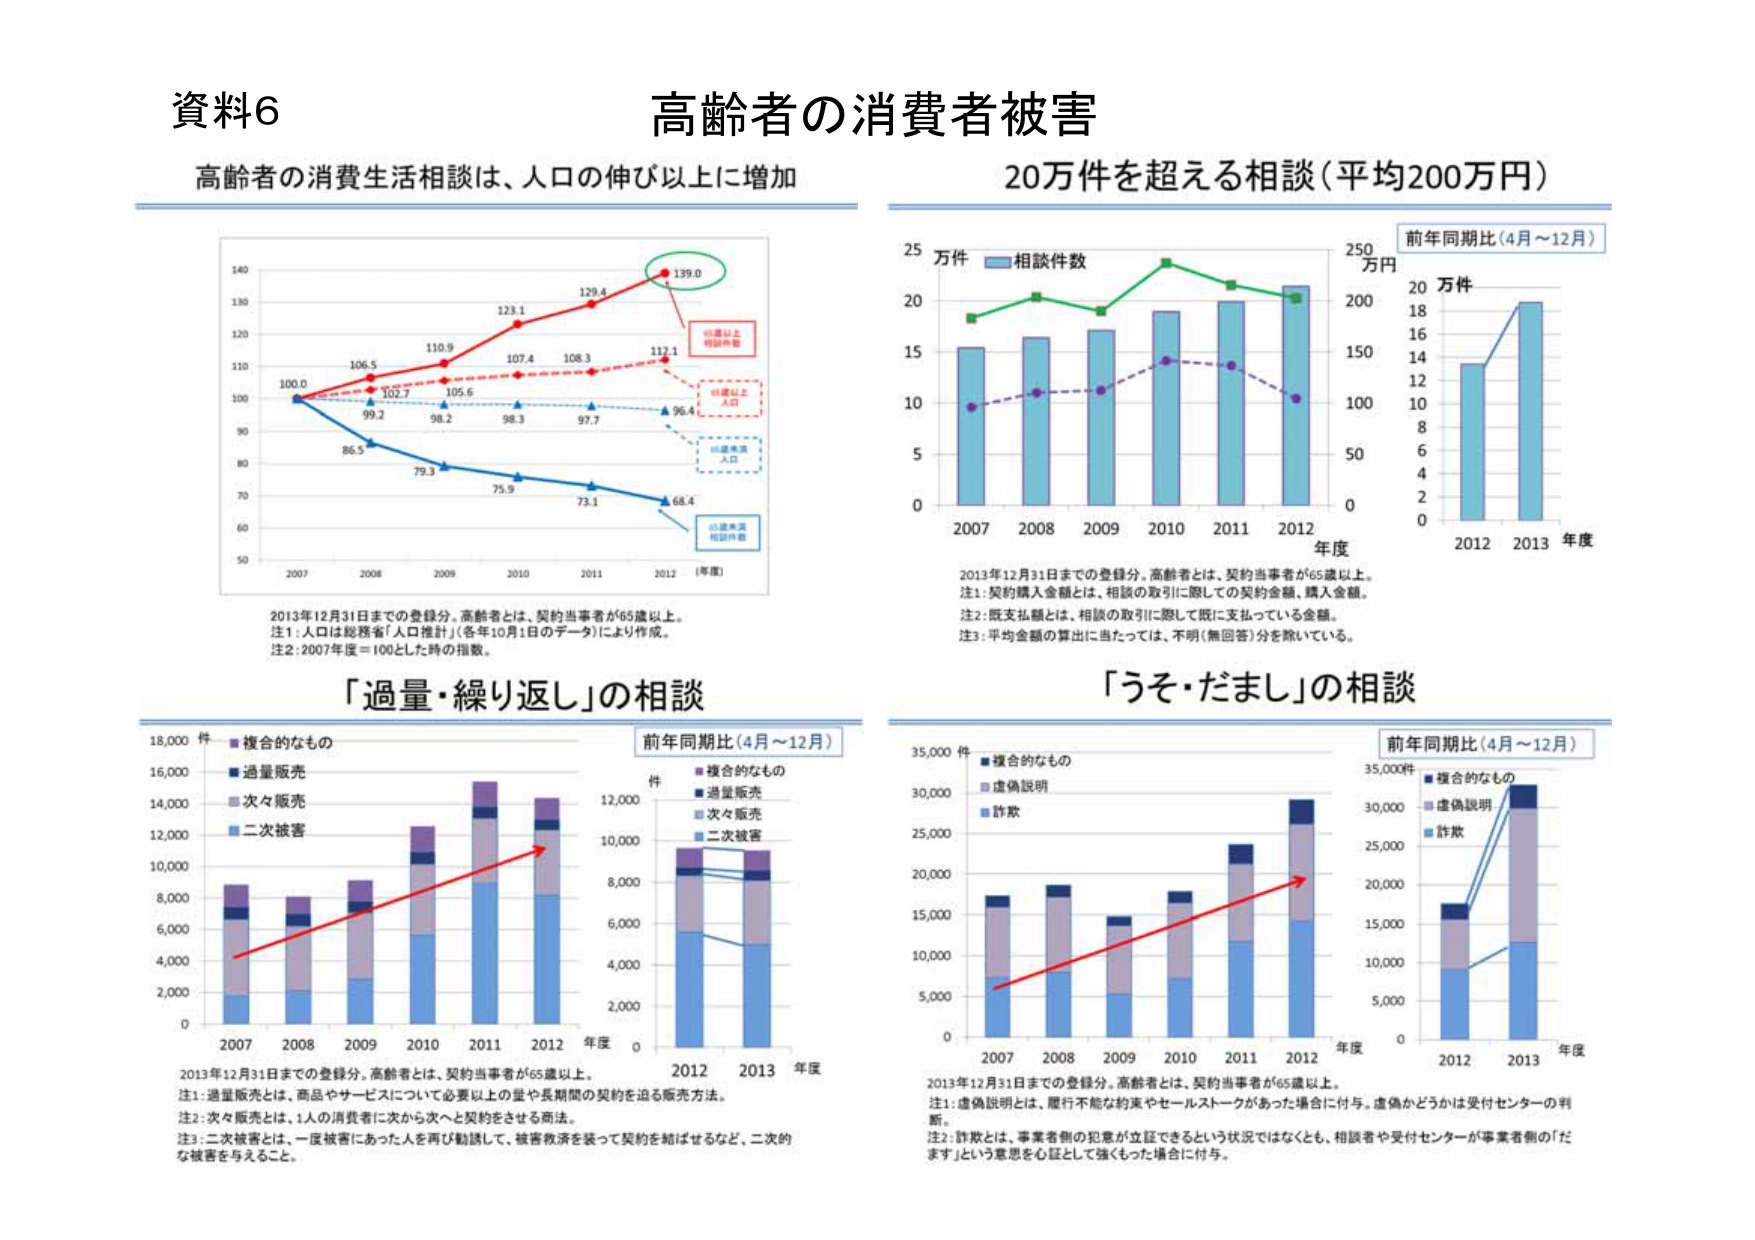
資料6
高齢者の消費者被害

高齢者の消費生活相談は、人口の伸び以上に増加

20万件を超える相談（平均200万円）

140
130
120
110
100
90
80
70
60
50
2007 2008 2009 2010 2011 2012 （年度）
100.0
106.5
110.9
123.1
129.4
139.0
102.7
105.6
107.4
108.3
117.1
99.2
98.2
98.3
97.7
96.4
86.5
79.3
75.9
73.1
68.4
65歳以上
相談件数
65歳以上
人口
65歳未満
相談件数
65歳未満
人口

25 万件
20
15
10
5
0
2007 2008 2009 2010 2011 2012 年度
250 万円
200
150
100
50
0
20 万件
18
16
14
12
10
8
6
4
2
0
2012 2013 年度
相談件数
前年同期比（4月～12月）

2013年12月31日までの登録分。高齢者とは、契約当事者が65歳以上。
注1：契約購入金額とは、相談の取引に際しての契約金額、購入金額。
注2：既支払額とは、相談の取引に際して既に支払っている金額。
注3：平均金額の算出に当たっては、不明（無回答）分を除いている。

「過量・繰り返し」の相談

18,000 件
複合的なもの
過量販売
次々販売
二次被害
0
2,000
4,000
6,000
8,000
10,000
12,000
14,000
16,000
2007 2008 2009 2010 2011 2012 年度
件
複合的なもの
過量販売
次々販売
二次被害
0
2,000
4,000
6,000
8,000
10,000
12,000
2012 2013 年度
前年同期比（4月～12月）

2013年12月31日までの登録分。高齢者とは、契約当事者が65歳以上。
注1：過量販売とは、商品やサービスについて必要以上の量や長期間の契約を迫る販売方法。
注2：次々販売とは、1人の消費者に次から次へと契約をさせる方法。
注3：二次被害とは、一度被害にあった人を再び勧誘して、被害救済を装って契約を結ばせるなど、二次的な被害を与えること。

「うそ・だまし」の相談

35,000 件
複合的なもの
虚偽説明
詐欺
0
5,000
10,000
15,000
20,000
25,000
30,000
35,000
2007 2008 2009 2010 2011 2012 年度
35,000件
複合的なもの
虚偽説明
詐欺
0
5,000
10,000
15,000
20,000
25,000
30,000
2012 2013 年度
前年同期比（4月～12月）

2013年12月31日までの登録分。高齢者とは、契約当事者が65歳以上。
注1：虚偽説明とは、履行不能な約束やセールストークがあった場合に付与。虚偽かどうかは受付センターの判断。
注2：詐欺とは、事業者側の犯意が立証できるという状況ではなくとも、相談者や受付センターが事業者側の「だます」という意思を心証として強くもった場合に付与。

2013年12月31日までの登録分。高齢者とは、契約当事者が65歳以上。
注1：人口は総務省「人口推計（各年10月1日のデータ）」により作成。
注2：2007年度＝100とした時の指数。